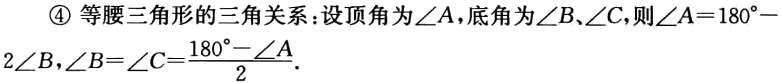
\textcircled{4} 等腰三角形的三角关系：设顶角为\(\angle A\)，底角为\(\angle B\)、\(\angle C\)，则\(\angle A = 180^{\circ}-2\angle B\)，\(\angle B=\angle C=\frac{180^{\circ}-\angle A}{2}\)．